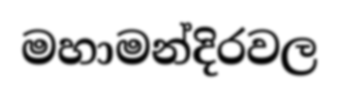
මහාමන්දිරවල